Civil Veterinary Department Bihar & Orissa reports 1929-36 - 1929-1936
Year: 1929
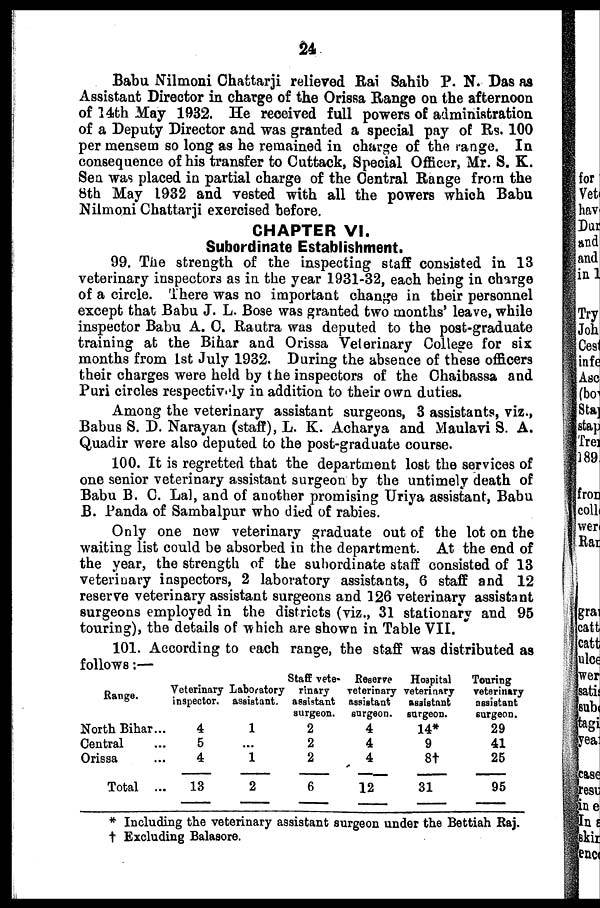
24
Babu Nilmoni Chattarji relieved Rai Sahib P. N. Das at
Assistant Director in charge of the Orissa Range on the afternoon
of 14th May 1932. He received full powers of administration
of a Deputy Director and was granted a special pay of Rs. 100
per mensem so long as he remained in charge of the range. In
consequence of his transfer to Cuttack, Special Officer, Mr. S. K.
Sen was placed in partial charge of the Central Range from the
8th May 1932 and vested with all the powers which Babu
Nilmoni Chattarji exercised before.
CHAPTER VI.
Subordinate Establishment.
99. The strength of the inspecting staff consisted in 13
veterinary inspectors as in the year 1931-32, each being in charge
of a circle, T'here was no important change in their personnel
except that Babu J. L. Bose was granted two months' leave, while
inspector Babu A. C. Rautra was deputed to the post-graduate
training at the Bihar and Orissa Velerinary College for six
months from 1st July 1932. During the absence of these officers
their charges were held by the inspectors of the Chaibassa and
Puri circles respectively in addition to their own duties.
Among the veterinary assistant surgeons, 3 assistants, viz.,
Babus S. D. Narayan (staff), L. K. Acharya and Maulavi S. A.
Quadir were also deputed to the post-graduate course.
100. It is regretted that the department lost the services of
one senior veterinary assistant surgeon by the untimely death of
Babu B. C. Lal, and of another promising Uriya assistant, Babu
B. Panda of Sambalpur who died of rabies.
Only one new veterinary graduate out of the lot on the
waiting list could be absorbed in the department. At the end of
the year, the strength of the subordinate staff consisted of 13
veterinary inspectors, 2 laboratory assistants, 6 staff and 12
reserve veterinary assistant surgeons and 126 veterinary assistant
surgeons employed in the districts (viz., 31 stationary and 95
touring), the details of which are shown in Table VII.
101. According to each range, the staff was distributed as
follows:—
Range.
North Bihar...
Central
Orissa ...
Total ...
Veterinary
inspector.
4
5
4
13
Laboratory
assistant.
1
...
1
2
Staff vete-
rinary
assistant
surgeon.
2
2
2
6
Reserve
veterinary
assistant
surgeon.
4
4
4
12
Hospital
veterinary
assistant
surgeon.
14*
9
8†
31
Touring
veterinary
assistant
surgeon.
29
41
25
95
* Including the veterinary assistant surgeon under the Bettiah Raj.
† Excluding Balasore.